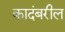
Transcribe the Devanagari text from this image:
कादंबरील